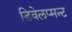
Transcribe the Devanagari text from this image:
डिवेलप्मन्ट